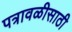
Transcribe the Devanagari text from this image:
पत्रावळीसाठी